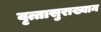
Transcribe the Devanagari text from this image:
वृत्तासुराख्यान